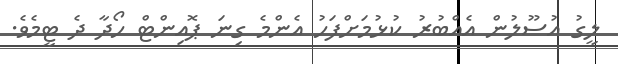
ލީގު އުސޫލުން އެއްބުރު ކުޅުމަށްފަހު އެންމެ ގިނަ ޕޮއިންޓް ހޯދާ ދެ ޓީމެވެ.